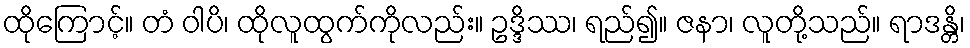
ထိုကြောင့်။ တံ ဝါပိ၊ ထိုလူထွက်ကိုလည်း။ ဥဒ္ဒိဿ၊ ရည်၍။ ဇနာ၊ လူတို့သည်။ ရာဒန္တိ၊